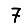
Digit: 7